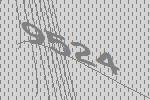
9524